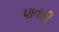
પાતકી